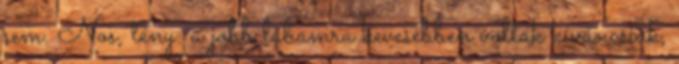
sem. Nos, tény: a jobb lábamra kevesebben voltak kíváncsiak,